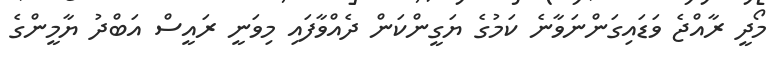
މޯދީ ރާއްޖެ ވަޑައިގަންނަވާނެ ކަމުގެ ޔަގީންކަން ދެއްވާފައި މިވަނީ ރައީސް އަބްދު ޔާމީންގެ